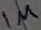
Text: 1µ